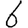
Digit: 6